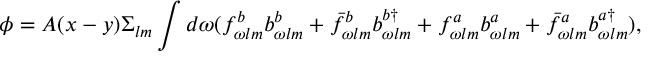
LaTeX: \phi = A ( x - y ) \Sigma _ { l m } \int d \omega ( f _ { \omega l m } ^ { b } b _ { \omega l m } ^ { b } + \bar { f } _ { \omega l m } ^ { b } b _ { \omega l m } ^ { b \dagger } + f _ { \omega l m } ^ { a } b _ { \omega l m } ^ { a } + \bar { f } _ { \omega l m } ^ { a } b _ { \omega l m } ^ { a \dagger } ) ,